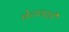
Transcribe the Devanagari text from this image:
बेटावरही